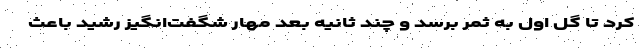
کرد تا گل اول به ثمر برسد و چند ثانیه بعد مهار شگفت‌انگیز رشید باعث